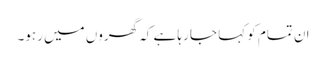
ان تمام کو کہا جا رہا ہے کہ گھروں میں رہو۔